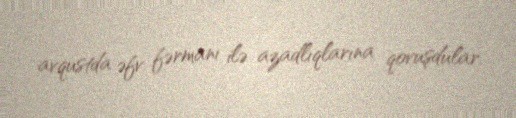
avqustda əfv fərmanı ilə azadlıqlarına qovuşdular.